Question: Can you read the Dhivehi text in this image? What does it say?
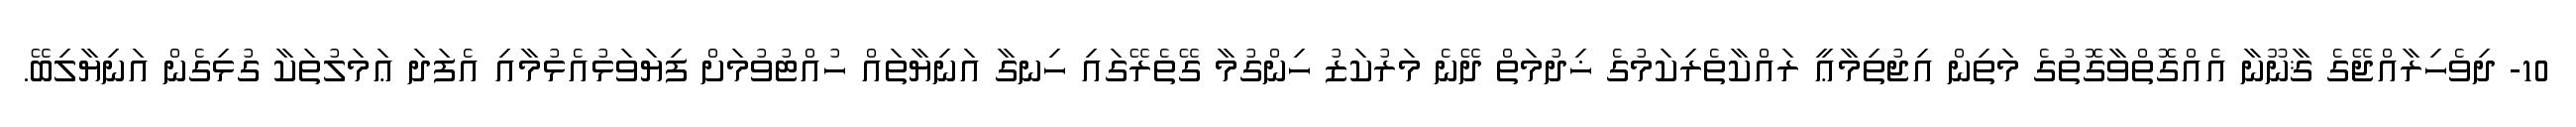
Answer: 10- ދިވެހިރާއްޖޭގެ ޤާނޫނާ އެއްގޮތްވާގޮތުގެ މަތިން އިޖުތިމާޢީ ރައްކާތެރިކަމުގެ ޚިދުމަތް ދޭނެ މަރުކަޒު ހިންގުމާ ގޭތެރޭގައި ހިނގާ އަނިޔާތައް ހުއްޓުވުމަށް ފިޔަވަޅުއެޅުމާއި އެފަދަ ޢަމަލުތަކާ ގުޅިގެން އަނިޔާލިބޭ.